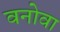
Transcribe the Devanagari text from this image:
वनोवा